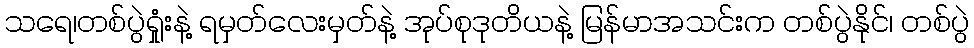
သရေ၊တစ်ပွဲရှုံးနဲ့ ရမှတ်လေးမှတ်နဲ့ အုပ်စုဒုတိယနဲ့ မြန်မာအသင်းက တစ်ပွဲနိုင်၊ တစ်ပွဲ